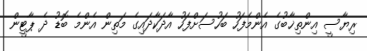
ރިޔާސީ އިންތިޚާބުގެ އެންމެފަހު ބަހުސަށްފަހު އާދަކާދައިގެ މަތިން އެންމެ ބޮޑު ދެ ޕާޓީން